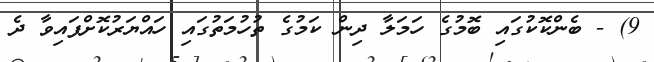
9) - ބެންކޮކުގައި ބޮމުގެ ހަަމަލާ ދިން ކަމުގެ ތުހުމަތުގައި ހައްޔަރުކޮށްފައިވާ ދެ